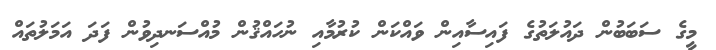
މީގެ ސަބަބުން ދައުލަތުގެ ފައިސާއިން ވައްކަން ކުރުމާއި ނުހައްޤުން މުއްސަނދިވުން ފަދަ އަމަލުތައް